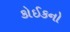
કોઈકનો